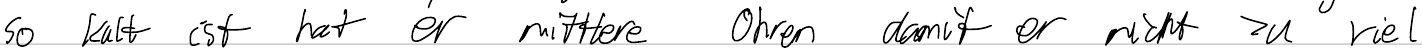
so kalt ist hat er mittlere Ohren damit er nicht zu viel